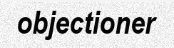
objectioner